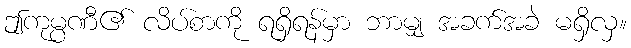
ဤကုမ္ပဏီ၏ လိပ်စာကို ရရှိရန်မှာ ဘာမျှ အခက်အခဲ မရှိလှ။